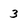
Character: 3